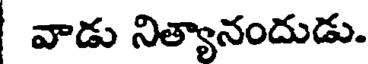
వాడు నిత్యానందుడు.